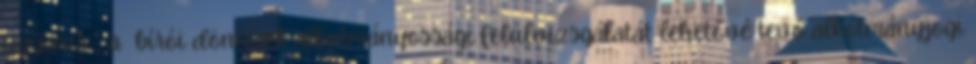
ugyanis „ a bírói döntések alkotmányossági felülvizsgálatát lehetővé tevő alkotmányjogi